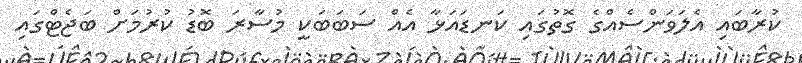
ކުރާބައި އެލަވަންސެއްގެ ގޮތުގައި ކަނޑައަޅާ އެއް ސަބަބަކީ މުސާރަ ބޮޑު ކުރުމަށް ބަޖެޓްގައި